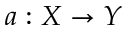
a : X \to Y